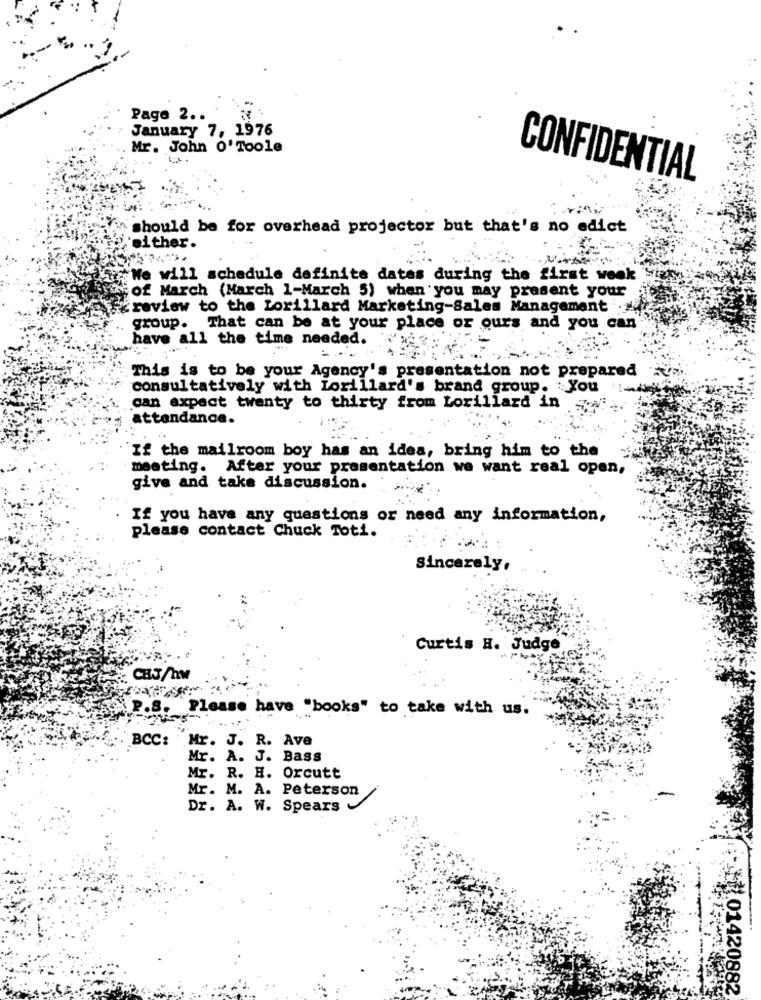
Page 2 ..
January 7, 1976
Mr. John O' Toole
CONFIDENTIAL
should be for overhead projector but that's no edict
'either.
We will schedule definite datas during the first week
of March (March 1-March 5) when you may present your
review to the Lorillard Marketing-Sales Management :
group. That can be at your place or ours and you can
have all the time needed.
This is to be your Agency's presentation not prepared
consultatively with Lorillard's brand group. You
can expect twenty to thirty from Lorillard in
attendance.
If the mailroom boy has an idea, bring him to the
meeting. After your presentation we want real open,
give and take discussion.
If you have any questions or need any information,
please contact Chuck Toti.
Sincerely,
Curtis H. Judge
CRJ/hw
P.S. Please have "books" to take with us.
... ..
BCC: Mr. J. R. Ave
Mr. A. J. Bass
Mr. R. H. Orcutt
Mr. M. A. Peterson
Dr. A. W. Spears
01420882